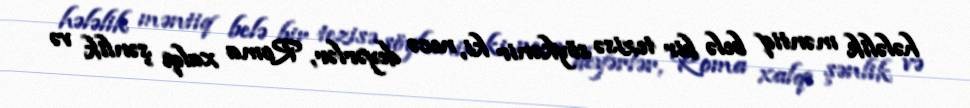
hələlik məntiq belə bir tezisə söykənir ki, necə deyərlər, Roma xalqı şənlik və